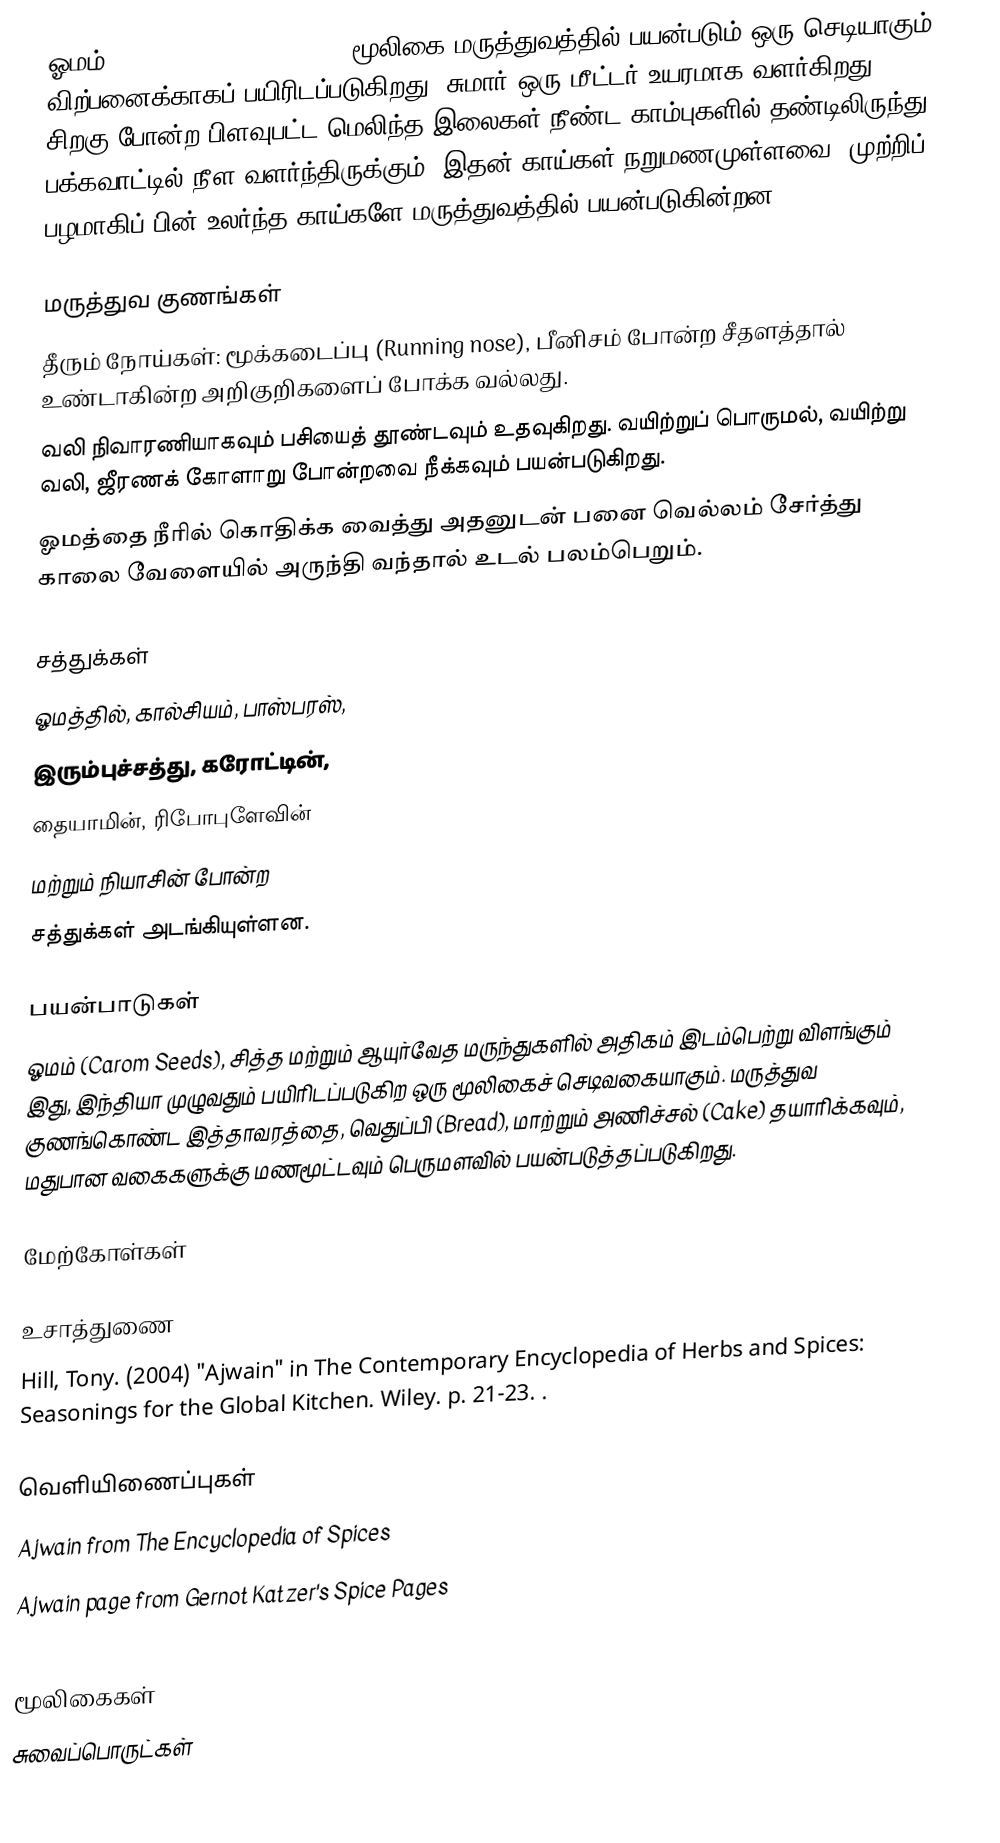
ஓமம் (Trachyspermum copticum) மூலிகை மருத்துவத்தில் பயன்படும் ஒரு செடியாகும். விற்பனைக்காகப் பயிரிடப்படுகிறது. சுமார் ஒரு மீட்டர் உயரமாக வளர்கிறது. சிறகு போன்ற பிளவுபட்ட மெலிந்த இலைகள் நீண்ட காம்புகளில் தண்டிலிருந்து பக்கவாட்டில் நீள வளர்ந்திருக்கும். இதன் காய்கள் நறுமணமுள்ளவை. முற்றிப் பழமாகிப் பின் உலர்ந்த காய்களே மருத்துவத்தில் பயன்படுகின்றன.

மருத்துவ குணங்கள்
தீரும் நோய்கள்: மூக்கடைப்பு (Running nose), பீனிசம் போன்ற சீதளத்தால் உண்டாகின்ற அறிகுறிகளைப் போக்க வல்லது.
வலி நிவாரணியாகவும் பசியைத் தூண்டவும் உதவுகிறது. வயிற்றுப் பொருமல், வயிற்று வலி, ஜீரணக் கோளாறு போன்றவை நீக்கவும் பயன்படுகிறது.
ஓமத்தை நீரில் கொதிக்க வைத்து அதனுடன் பனை வெல்லம் சேர்த்து காலை வேளையில் அருந்தி வந்தால் உடல் பலம்பெறும்.

சத்துக்கள்
ஓமத்தில், கால்சியம், பாஸ்பரஸ்,
இரும்புச்சத்து, கரோட்டின்,
தையாமின், ரிபோபுளேவின்
மற்றும் நியாசின் போன்ற
சத்துக்கள் அடங்கியுள்ளன.

பயன்பாடுகள்
ஓமம் (Carom Seeds), சித்த மற்றும் ஆயுர்வேத மருந்துகளில் அதிகம் இடம்பெற்று விளங்கும் இது, இந்தியா முழுவதும் பயிரிடப்படுகிற ஒரு மூலிகைச் செடிவகையாகும். மருத்துவ குணங்கொண்ட இத்தாவரத்தை, வெதுப்பி (Bread), மாற்றும் அணிச்சல் (Cake) தயாரிக்கவும், மதுபான வகைகளுக்கு மணமூட்டவும் பெருமளவில் பயன்படுத்தப்படுகிறது.

மேற்கோள்கள்

உசாத்துணை
Hill, Tony. (2004) "Ajwain" in The Contemporary Encyclopedia of Herbs and Spices: Seasonings for the Global Kitchen. Wiley. p. 21-23. .

வெளியிணைப்புகள்
 Ajwain from The Encyclopedia of Spices
 Ajwain page from Gernot Katzer's Spice Pages

மூலிகைகள்
சுவைப்பொருட்கள்